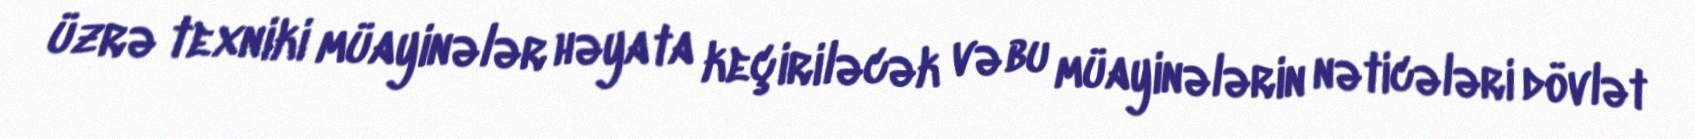
üzrə texniki müayinələr həyata keçiriləcək və bu müayinələrin nəticələri dövlət